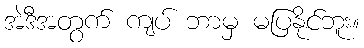
အဲဒီအတွက် ကျပ် ဘာမှ မပြနိုင်ဘူး။